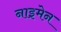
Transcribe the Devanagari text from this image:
नाइमेन